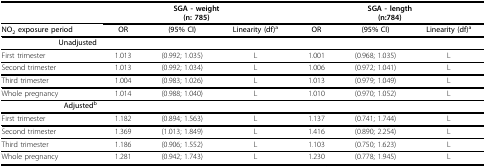
<table><thead><tr><td></td><td colspan="3"><b>SGA - weight(n: 785)</b></td><td colspan="3"><b>SGA - length(n:784)</b></td></tr></thead><tbody><tr><td><b>NO<sub>2 </sub>exposure period</b></td><td><b>OR</b></td><td><b>(95% CI)</b></td><td><b>Linearity (df)<sup>a</sup></b></td><td><b>OR</b></td><td><b>(95% CI)</b></td><td><b>Linearity (df)<sup>a</sup></b></td></tr><tr><td><b>Unadjusted</b></td><td></td><td></td><td></td><td></td><td></td><td></td></tr><tr><td>First trimester</td><td>1.013</td><td>(0.992; 1.035)</td><td>L</td><td>1.001</td><td>(0.968; 1.035)</td><td>L</td></tr><tr><td>Second trimester</td><td>1.013</td><td>(0.992; 1.034)</td><td>L</td><td>1.006</td><td>(0.972; 1.041)</td><td>L</td></tr><tr><td>Third trimester</td><td>1.004</td><td>(0.983; 1.026)</td><td>L</td><td>1.013</td><td>(0.979; 1.049)</td><td>L</td></tr><tr><td>Whole pregnancy</td><td>1.014</td><td>(0.988; 1.040)</td><td>L</td><td>1.010</td><td>(0.970; 1.052)</td><td>L</td></tr><tr><td><b>Adjusted<sup>b</sup></b></td><td></td><td></td><td></td><td></td><td></td><td></td></tr><tr><td>First trimester</td><td>1.182</td><td>(0.894; 1.563)</td><td>L</td><td>1.137</td><td>(0.741; 1.744)</td><td>L</td></tr><tr><td>Second trimester</td><td>1.369</td><td>(1.013; 1.849)</td><td>L</td><td>1.416</td><td>(0.890; 2.254)</td><td>L</td></tr><tr><td>Third trimester</td><td>1.186</td><td>(0.906; 1.552)</td><td>L</td><td>1.103</td><td>(0.750; 1.623)</td><td>L</td></tr><tr><td>Whole pregnancy</td><td>1.281</td><td>(0.942; 1.743)</td><td>L</td><td>1.230</td><td>(0.778; 1.945)</td><td>L</td></tr></tbody></table>